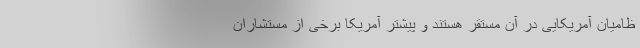
ظامیان آمریکایی در آن مستقر هستند و پیشتر آمریکا برخی از مستشاران